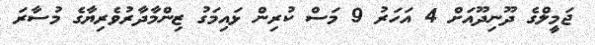
ޖަމީލްގެ ދޫނިދޫއަށް 4 އަހަރު 9 މަސް ކުރިން ޅައިމަގު ޒިންމާދާރުވެރިޔާގެ މުސާރަ